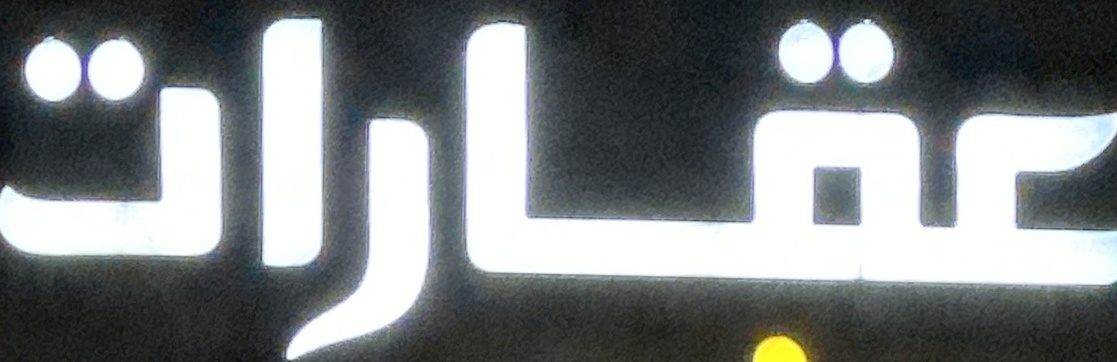
عقارات